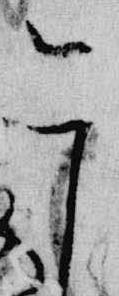
日